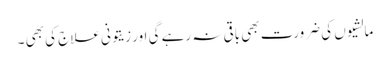
مالشیوں کی ضرورت بھی باقی نہ رہے گی اور زیتونی علاج کی بھی ۔